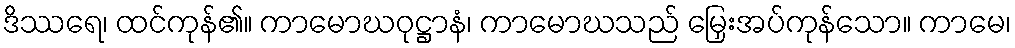
ဒိဿရေ၊ ထင်ကုန်၏။ ကာမောဃဝုဋ္ဌာနံ၊ ကာမောဃသည် မြှေးအပ်ကုန်သော။ ကာမေ၊